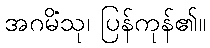
အဂမိံသု၊ ပြန်ကုန်၏။